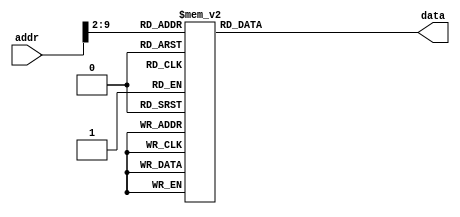
`timescale 1ns/1ps

module ROM(addr, data);
input [31:0] addr;
output [31:0] data;

localparam ROM_SIZE = 32;

reg [31:0] data;
reg [31:0] ROM_DATA[ROM_SIZE-1:0];

always@(*)
    case(addr[9:2])  // Address Must Be Word Aligned.
        0: data <= 32'h08000003;
        1: data <= 32'h08000044;
        2: data <= 32'h080000be;
        3: data <= 32'h200800c0;
        4: data <= 32'hac080000;
        5: data <= 32'h200800f9;
        6: data <= 32'hac080004;
        7: data <= 32'h200800a4;
        8: data <= 32'hac080008;
        9: data <= 32'h200800b0;
        10: data <= 32'hac08000c;
        11: data <= 32'h20080099;
        12: data <= 32'hac080010;
        13: data <= 32'h20080092;
        14: data <= 32'hac080014;
        15: data <= 32'h20080082;
        16: data <= 32'hac080018;
        17: data <= 32'h200800f8;
        18: data <= 32'hac08001c;
        19: data <= 32'h20080080;
        20: data <= 32'hac080020;
        21: data <= 32'h20080090;
        22: data <= 32'hac080024;
        23: data <= 32'h20080088;
        24: data <= 32'hac080028;
        25: data <= 32'h20080083;
        26: data <= 32'hac08002c;
        27: data <= 32'h200800c6;
        28: data <= 32'hac080030;
        29: data <= 32'h200800a1;
        30: data <= 32'hac080034;
        31: data <= 32'h20080086;
        32: data <= 32'hac080038;
        33: data <= 32'h2008008e;
        34: data <= 32'hac08003c;
        35: data <= 32'h3c174000;
        36: data <= 32'haee00008;
        37: data <= 32'h20088000;
        38: data <= 32'h00000000;
        39: data <= 32'h00000000;
        40: data <= 32'h00000000;
        41: data <= 32'haee80000;
        42: data <= 32'h00000000;
        43: data <= 32'h00000000;
        44: data <= 32'h00000000;
        45: data <= 32'h2008ffff;
        46: data <= 32'h00000000;
        47: data <= 32'h00000000;
        48: data <= 32'h00000000;
        49: data <= 32'haee80004;
        50: data <= 32'h00000000;
        51: data <= 32'h00000000;
        52: data <= 32'h00000000;
        53: data <= 32'h0c000036;
        54: data <= 32'h3c088000;
        55: data <= 32'h01004027;
        56: data <= 32'h011ff824;
        57: data <= 32'h23ff0014;
        58: data <= 32'h03e00008;
        59: data <= 32'h20080003;
        60: data <= 32'h00000000;
        61: data <= 32'h00000000;
        62: data <= 32'h00000000;
        63: data <= 32'haee80008;
        64: data <= 32'h00000000;
        65: data <= 32'h00000000;
        66: data <= 32'h00000000;
        67: data <= 32'h08000043;
        68: data <= 32'h3c174000;
        69: data <= 32'h00000000;
        70: data <= 32'h00000000;
        71: data <= 32'h00000000;
        72: data <= 32'h8ee80008;
        73: data <= 32'h00000000;
        74: data <= 32'h00000000;
        75: data <= 32'h00000000;
        76: data <= 32'h2009fff9;
        77: data <= 32'h01094024;
        78: data <= 32'h00000000;
        79: data <= 32'h00000000;
        80: data <= 32'h00000000;
        81: data <= 32'haee80008;
        82: data <= 32'h00000000;
        83: data <= 32'h00000000;
        84: data <= 32'h00000000;
        85: data <= 32'h8ee80020;
        86: data <= 32'h00000000;
        87: data <= 32'h00000000;
        88: data <= 32'h00000000;
        89: data <= 32'h1100002d;
        90: data <= 32'h00000000;
        91: data <= 32'h00000000;
        92: data <= 32'h00000000;
        93: data <= 32'h8ee40018;
        94: data <= 32'h00000000;
        95: data <= 32'h00000000;
        96: data <= 32'h00000000;
        97: data <= 32'h8ee5001c;
        98: data <= 32'h00000000;
        99: data <= 32'h00000000;
        100: data <= 32'h00000000;
        101: data <= 32'h1080000d;
        102: data <= 32'h10a0000e;
        103: data <= 32'h00808020;
        104: data <= 32'h00a08820;
        105: data <= 32'h0211402a;
        106: data <= 32'h15000002;
        107: data <= 32'h02118022;
        108: data <= 32'h08000069;
        109: data <= 32'h02004020;
        110: data <= 32'h02208020;
        111: data <= 32'h01008820;
        112: data <= 32'h1620fff8;
        113: data <= 32'h02001020;
        114: data <= 32'h08000076;
        115: data <= 32'h00051020;
        116: data <= 32'h08000076;
        117: data <= 32'h00041020;
        118: data <= 32'h00000000;
        119: data <= 32'h00000000;
        120: data <= 32'h00000000;
        121: data <= 32'haee20024;
        122: data <= 32'h20080001;
        123: data <= 32'h00000000;
        124: data <= 32'h00000000;
        125: data <= 32'h00000000;
        126: data <= 32'haee80028;
        127: data <= 32'h00000000;
        128: data <= 32'h00000000;
        129: data <= 32'h00000000;
        130: data <= 32'haee00028;
        131: data <= 32'h00000000;
        132: data <= 32'h00000000;
        133: data <= 32'h00000000;
        134: data <= 32'haee2000c;
        135: data <= 32'h00000000;
        136: data <= 32'h00000000;
        137: data <= 32'h00000000;
        138: data <= 32'h8eec0014;
        139: data <= 32'h00000000;
        140: data <= 32'h00000000;
        141: data <= 32'h00000000;
        142: data <= 32'h000c6202;
        143: data <= 32'h000c6040;
        144: data <= 32'h218c0001;
        145: data <= 32'h318c000f;
        146: data <= 32'h2009000d;
        147: data <= 32'h200a000b;
        148: data <= 32'h200b0007;
        149: data <= 32'h11890005;
        150: data <= 32'h118a0006;
        151: data <= 32'h118b0007;
        152: data <= 32'h200c000e;
        153: data <= 32'h00a06820;
        154: data <= 32'h080000a1;
        155: data <= 32'h00056902;
        156: data <= 32'h080000a1;
        157: data <= 32'h00806820;
        158: data <= 32'h080000a1;
        159: data <= 32'h00046902;
        160: data <= 32'h080000a1;
        161: data <= 32'h31ad000f;
        162: data <= 32'h000d6880;
        163: data <= 32'h8dad0000;
        164: data <= 32'h00000000;
        165: data <= 32'h00000000;
        166: data <= 32'h00000000;
        167: data <= 32'h000c6200;
        168: data <= 32'h018d4020;
        169: data <= 32'h00000000;
        170: data <= 32'h00000000;
        171: data <= 32'h00000000;
        172: data <= 32'haee80014;
        173: data <= 32'h00000000;
        174: data <= 32'h00000000;
        175: data <= 32'h00000000;
        176: data <= 32'h8ee80008;
        177: data <= 32'h00000000;
        178: data <= 32'h00000000;
        179: data <= 32'h00000000;
        180: data <= 32'h20090002;
        181: data <= 32'h01094025;
        182: data <= 32'h00000000;
        183: data <= 32'h00000000;
        184: data <= 32'h00000000;
        185: data <= 32'haee80008;
        186: data <= 32'h00000000;
        187: data <= 32'h00000000;
        188: data <= 32'h00000000;
        189: data <= 32'h03400008;
        190: data <= 32'h03400008;
        default: data <= 32'h0800_0000;
    endcase
endmodule